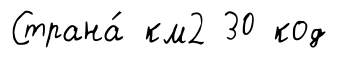
Страна́ км2 30 код